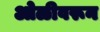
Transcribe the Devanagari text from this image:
ओळीवरून